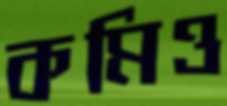
কমিও